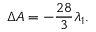
\Delta { \cal A } = - \frac { 2 8 } { 3 } \lambda _ { 1 } .